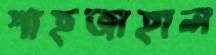
শাহজাহাল